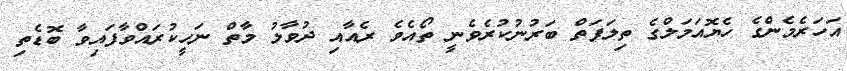
އަހަރެމެންގެ ހެޔޮއަމަލްގެ ތިލަފަތް ބަރުނުކުރެވެނީ ތޯއެވެ ރެއާއި ދުވާލު މާތް ނަހީކުރައްވާފައިވާ ބޮޑެތި